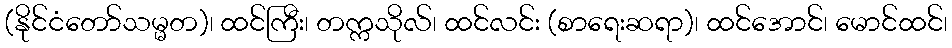
(နိုင်ငံတော်သမ္မတ)၊ ထင်ကြီး၊ တက္ကသိုလ်၊ ထင်လင်း (စာရေးဆရာ)၊ ထင်အောင်၊ မောင်ထင်၊